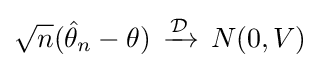
{\sqrt {n}}({\hat {\theta }}_{n}-\theta )\,\xrightarrow {\mathcal {D}} \,N(0,V)